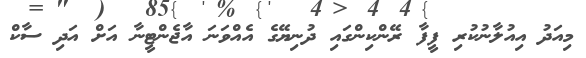
މިއަދު އިއުލާނުކުރި ފީފާ ރޭންކިންގައި ދުނިޔޭގެ އެއްވަނަ އާޖެންޓީނާ އަށް އަދި ސާކް